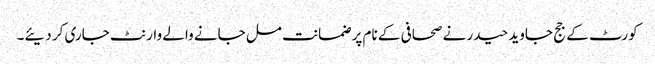
کورٹ کے جج جاوید حیدر نے صحافی کے نام پر ضمانت مل جانے والے وارنٹ جاری کر دیئے۔